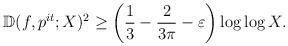
LaTeX: \begin{align*}\mathbb{D}(f, p^{it}; X)^2 &\geq \left(\frac{1}{3}-\frac{2}{3\pi}-\varepsilon\right) \log \log X.\end{align*}